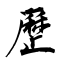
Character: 歷